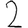
Digit: 2